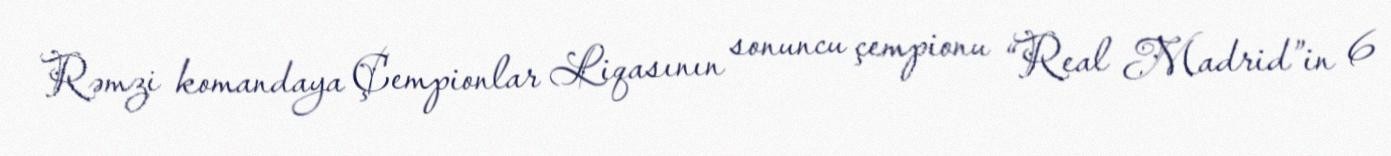
Rəmzi komandaya Çempionlar Liqasının sonuncu çempionu “Real Madrid”in 6